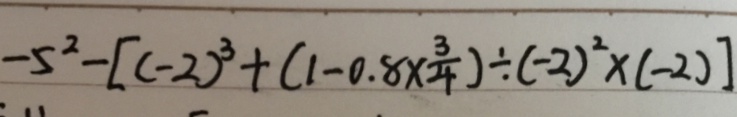
- 5 ^ { 2 } - [ ( - 2 ) ^ { 3 } + ( 1 - 0 . 8 x ^ { 3 } + \frac { 3 } { 4 } ) \div ( - 2 ) ^ { 2 } \times ( - 2 ) ]